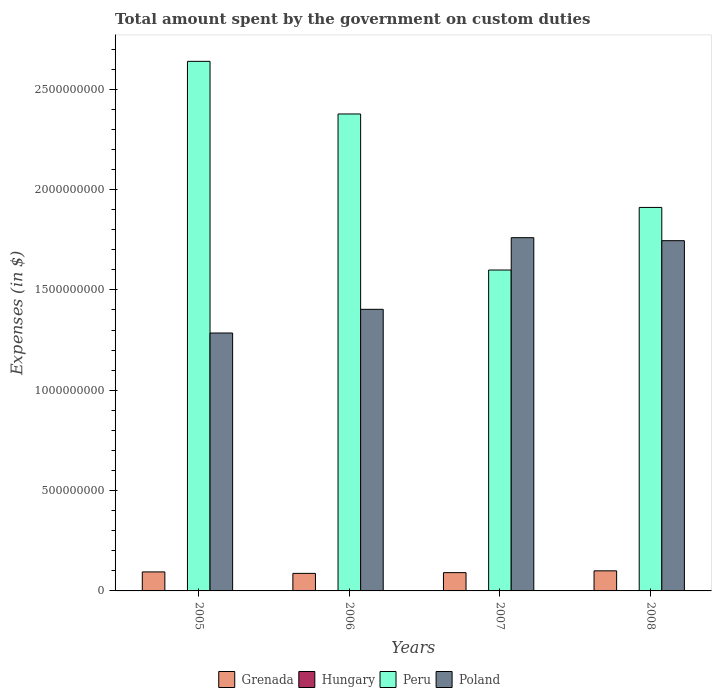
| Years | Grenada | Hungary | Peru | Poland |
 | --- | --- | --- | --- | --- |
 | 2005 | 9.47e+07 | -7.97e+08 | 2.64e+09 | 1.28e+09 |
 | 2006 | 8.74e+07 | -1.95e+08 | 2.38e+09 | 1.4e+09 |
 | 2007 | 9.11e+07 | -2.02e+08 | 1.6e+09 | 1.76e+09 |
 | 2008 | 1e+08 | -5.1e+07 | 1.91e+09 | 1.74e+09 |